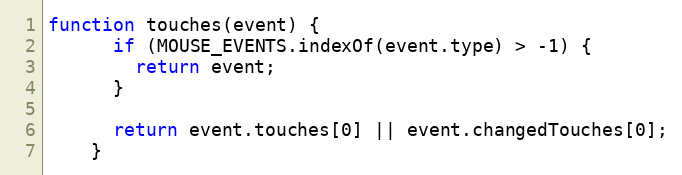
Language: JavaScript
function touches(event) {
      if (MOUSE_EVENTS.indexOf(event.type) > -1) {
        return event;
      }

      return event.touches[0] || event.changedTouches[0];
    }